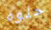
حلوه